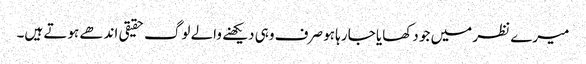
میرے نظر میں جو دکھایا جا رہا ہو صرف وہی دیکھنے والے لوگ حقیقی اندھے ہوتے ہیں۔